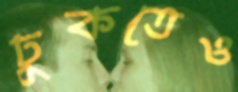
ঢুকতেও